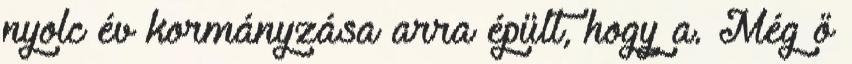
nyolc év kormányzása arra épült, hogy a. Még ő